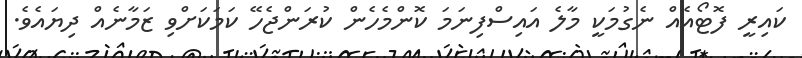
ކައިރީ ފޮޓޯއެއް ނެގުމަކީ މާލެ އައިސްފިނަމަ ކޮންމެހެން ކުރަންޖެހޭ ކަމަކަށްވި ޒަމާނެއް ދިޔައެވެ.